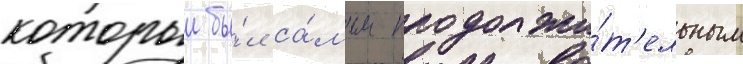
которыи бы́л са́мым продолжи́т'ельным